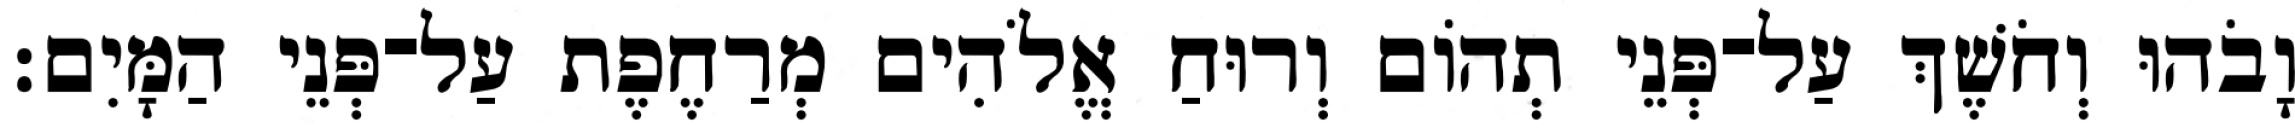
וָבֹהוּ וְחֹשֶׁךְ עַל־פְּנֵי תְהֹום וְרוּחַ אֱלֹהִים מְרַחֶפֶת עַל־פְּנֵי הַמָּיִם׃